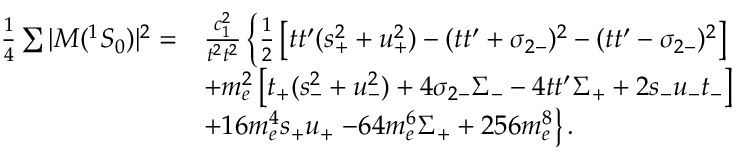
\begin{array} { l l } { { \frac { 1 } { 4 } \sum | { \cal M } ( ^ { 1 } S _ { 0 } ) | ^ { 2 } = } } & { { \frac { c _ { 1 } ^ { 2 } } { t ^ { 2 } t ^ { 2 } } \left\{ \frac { 1 } { 2 } \left[ t t ^ { \prime } ( s _ { + } ^ { 2 } + u _ { + } ^ { 2 } ) - ( t t ^ { \prime } + \sigma _ { 2 - } ) ^ { 2 } - ( t t ^ { \prime } - \sigma _ { 2 - } ) ^ { 2 } \right] \right. } } \\ { { } } & { { + m _ { e } ^ { 2 } \left[ t _ { + } ( s _ { - } ^ { 2 } + u _ { - } ^ { 2 } ) + 4 \sigma _ { 2 - } \Sigma _ { - } - 4 t t ^ { \prime } \Sigma _ { + } + 2 s _ { - } u _ { - } t _ { - } \right] } } \\ { { } } & { { + 1 6 m _ { e } ^ { 4 } s _ { + } u _ { + } \left. - 6 4 m _ { e } ^ { 6 } \Sigma _ { + } + 2 5 6 m _ { e } ^ { 8 } \right\} . } } \end{array}